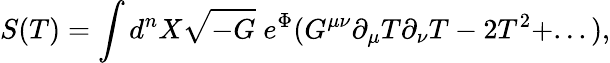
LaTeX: S(T)=\int d^{n}X\sqrt{-G}\; e^{\Phi}(G^{\mu\nu}\partial_{\mu}T\partial_{\nu}T-2T^{2}+...),